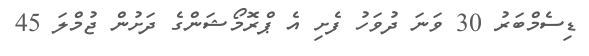
ޑިސެމްބަރު 30 ވަނަ ދުވަހު ފެށި އެ ޕްރޮމޯޝަންގެ ދަށުން ޖުމްލަ 45